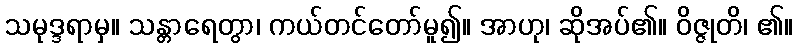
သမုဒ္ဒရာမှ။ သန္တာရေတွာ၊ ကယ်တင်တော်မူ၍။ အာဟု၊ ဆိုအပ်၏။ ဝိဇ္ဇုတိ၊ ၏။